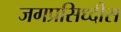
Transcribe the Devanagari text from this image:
जगप्रसिध्दीस